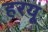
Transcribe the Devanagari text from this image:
हरयू